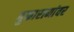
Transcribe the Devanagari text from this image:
तुकारामांवर